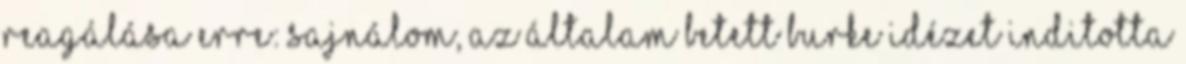
reagálása erre: Sajnálom, az általam betett Burke idézet inditotta